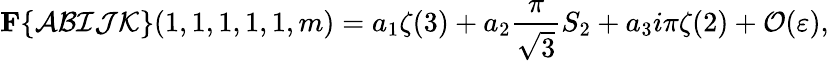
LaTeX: {\mathbf F}\{ {\cal ABIJK}\} (1,1,1,1,1,m)=a_{1}\zeta(3)+a_{2}\frac{\pi}{\sqrt{3}}S_{2}+a_{3}i\pi\zeta(2)+{\cal O}(\varepsilon),